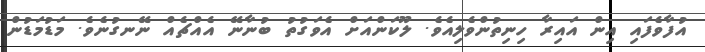
އުފާވެފައި އިން އައިރާ ހިނިތުންވެލިއެވެ. ލޫކަންއަށް އެވަގުތު ބުނާނޭ އެއްޗެއް ނޭނގުނެވެ. މަޑުމަޑުން